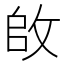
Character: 𪯌